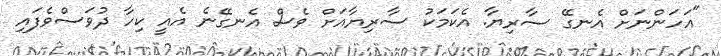
"އަހަންނަށް އެނގޭ ސާރިޔާ. އެކަމަކު ސާރިޔާއަށް ވެސް އެނގޭނެ އެއީ ކިހާ ދުވަސްވެފައި